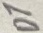
Text: D7